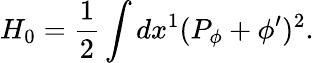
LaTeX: H_{0}={\frac{1}{2}}\int dx^{1}(P_{\phi}+\phi^{\prime})^{2}.